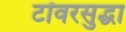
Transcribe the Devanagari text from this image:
टॉवरसुद्धा